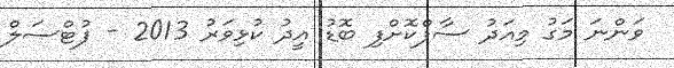
ވަންނަ މަގު މިއަދު ސާފްކޮށްފި ބޮޑު އީދު ކުޅިވަރު 2013 - ފުޓްސަލް